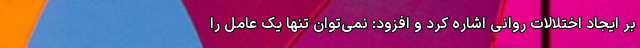
بر ایجاد اختلالات روانی اشاره کرد و افزود: نمی‌توان تنها یک عامل را